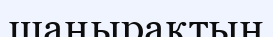
шаңырақтың